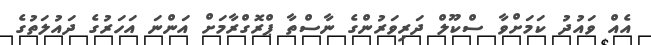
އެއް ވައުދު ކަމަށްވާ ސްކޫލް ދަރިވަރުންގެ ނާސްތާ ޕްރޮގްރާމަށް އަންނަ އަހަރުގެ ދައުލަތުގެ